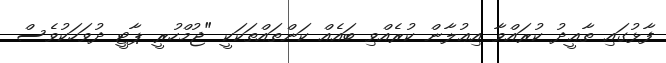
ފާޅުގައި ތާޢީދު ކުރައްވާ އިޢުލާން ކުރެއްވި ބައެއް ކަންތައްތަކަކީ "ޖުމްހުރީ ޕާޓީ ދުވަހަކުވެސް